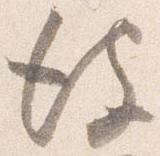
彼